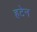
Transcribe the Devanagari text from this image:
हटेन